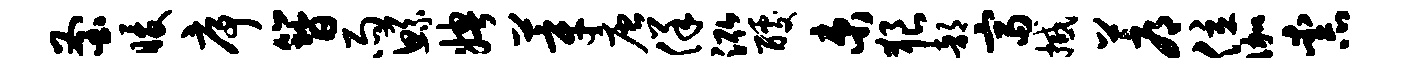
釜暖序簪雨鲧娉莘唐佯泓醵束狼部富撼蓐位伽柰